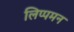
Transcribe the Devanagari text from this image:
लिप्पमन